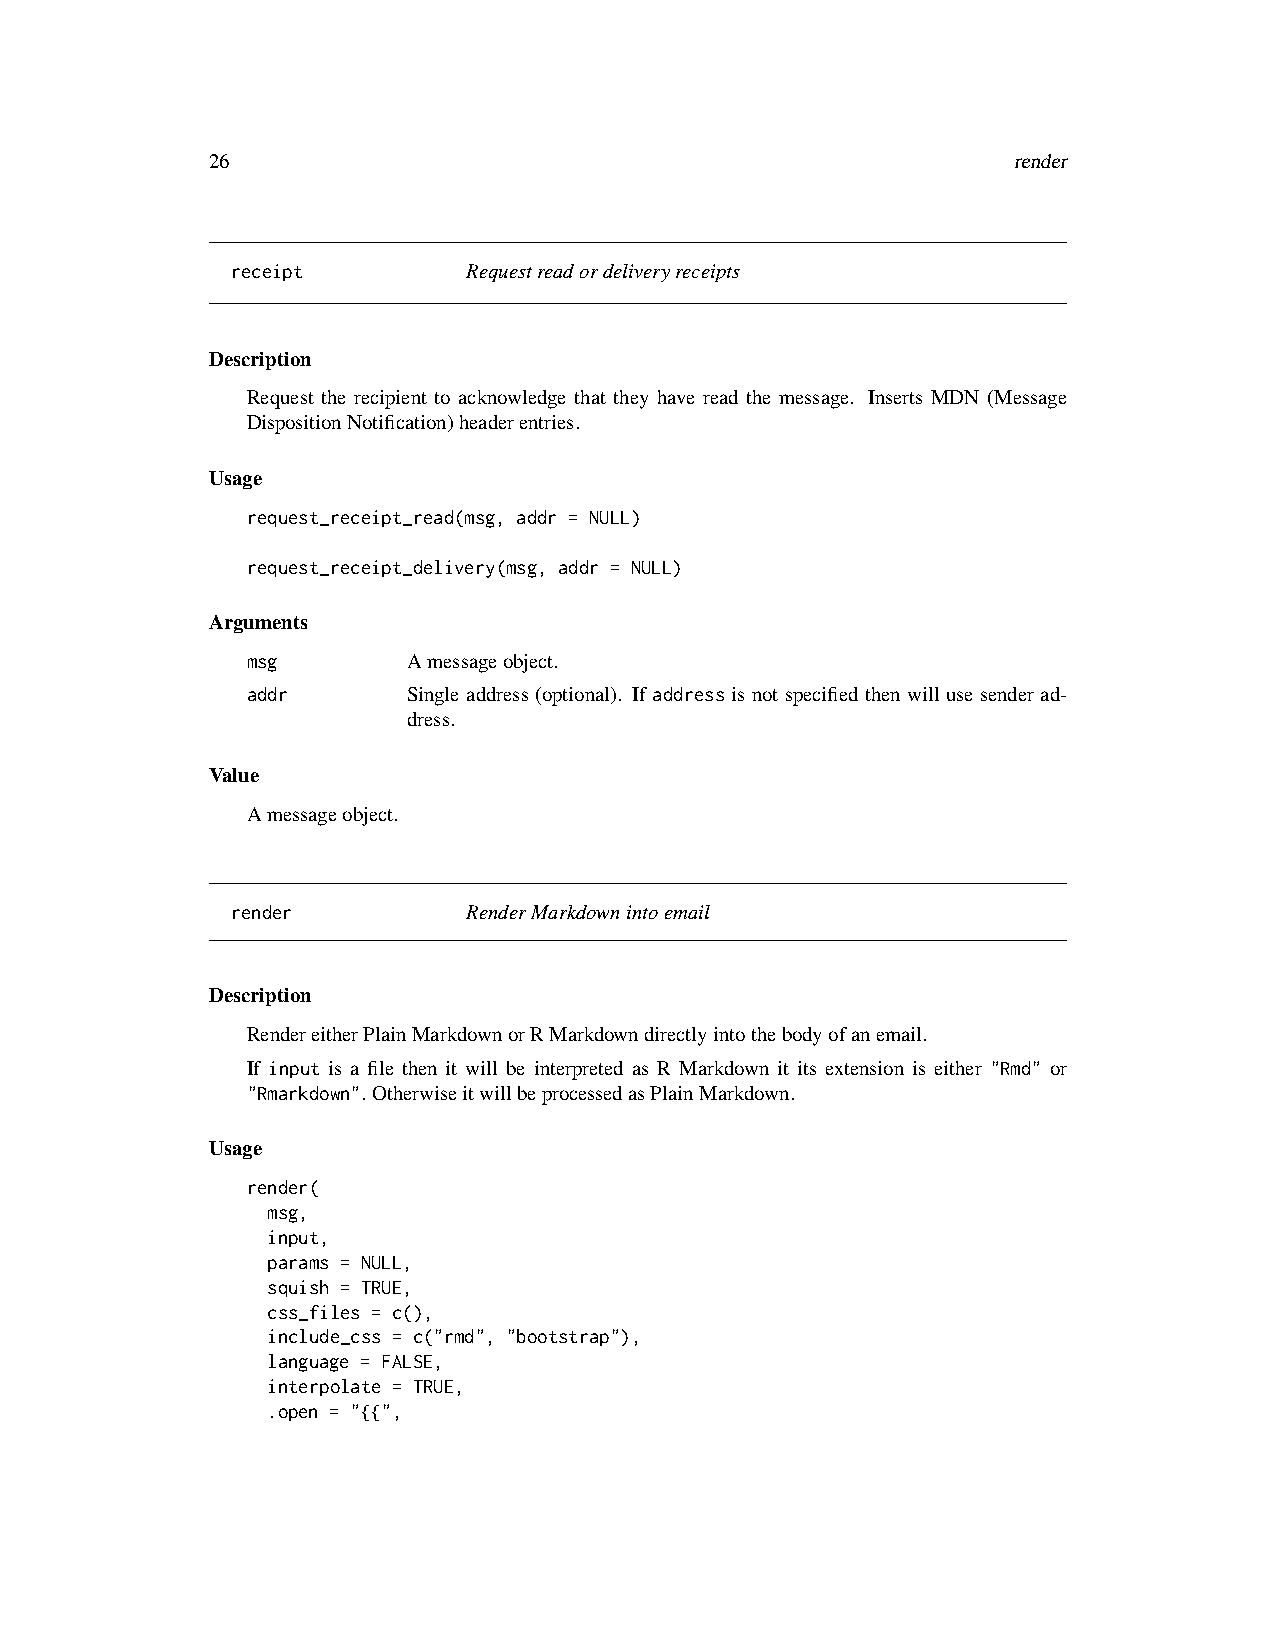
26                                                   render
 receipt         Requestreadordeliveryreceipts
 Description
 Request the recipient to acknowledge that they have read the message. Inserts MDN (Message
 DispositionNotification)headerentries.
 Usage
 request_receipt_read(msg, addr = NULL)
 request_receipt_delivery(msg, addr = NULL)
 Arguments
 msg        Amessageobject.
 addr       Single address (optional). If address is not specified then will use sender ad-
 dress.
 Value
 Amessageobject.
 render          RenderMarkdownintoemail
 Description
 RendereitherPlainMarkdownorRMarkdowndirectlyintothebodyofanemail.
 If input is a file then it will be interpreted as R Markdown it its extension is either "Rmd" or
 "Rmarkdown". OtherwiseitwillbeprocessedasPlainMarkdown.
 Usage
 render(
 msg,
 input,
 params = NULL,
 squish = TRUE,
 css_files = c(),
 include_css = c("rmd", "bootstrap"),
 language = FALSE,
 interpolate = TRUE,
 .open = "{{",